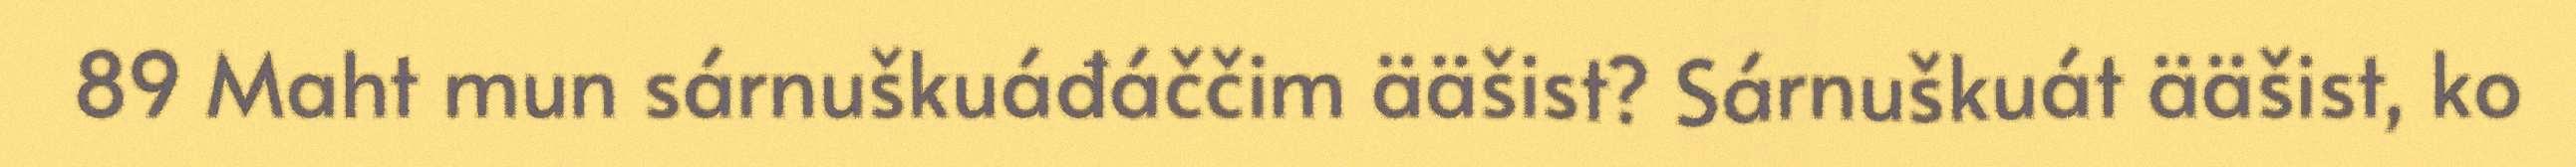
89 Maht mun sárnuškuáđáččim ääšist? Sárnuškuát ääšist, ko